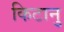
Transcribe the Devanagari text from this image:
किटानु